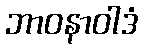
ဘာဝနာဝါဒံ